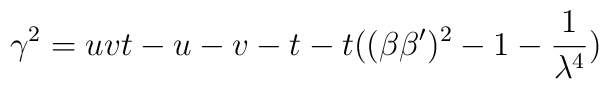
\gamma^2 = uvt-u-v-t-t((\beta\beta')^2-1-\frac1 {\lambda^4})